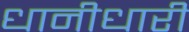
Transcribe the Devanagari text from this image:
धानीधारी